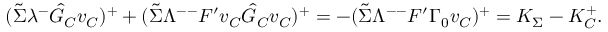
( \tilde { \Sigma } \lambda ^ { - } \hat { G } _ { C } v _ { C } ) ^ { + } + ( \tilde { \Sigma } \Lambda ^ { -- } F ^ { \prime } v _ { C } \hat { G } _ { C } v _ { C } ) ^ { + } = - ( \tilde { \Sigma } \Lambda ^ { -- } F ^ { \prime } \Gamma _ { 0 } v _ { C } ) ^ { + } = K _ { \Sigma } - K _ { C } ^ { + } .